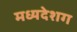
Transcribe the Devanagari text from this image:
मध्यदेशग